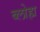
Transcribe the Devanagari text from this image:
ब्लोह्म